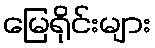
မြေရိုင်းများ